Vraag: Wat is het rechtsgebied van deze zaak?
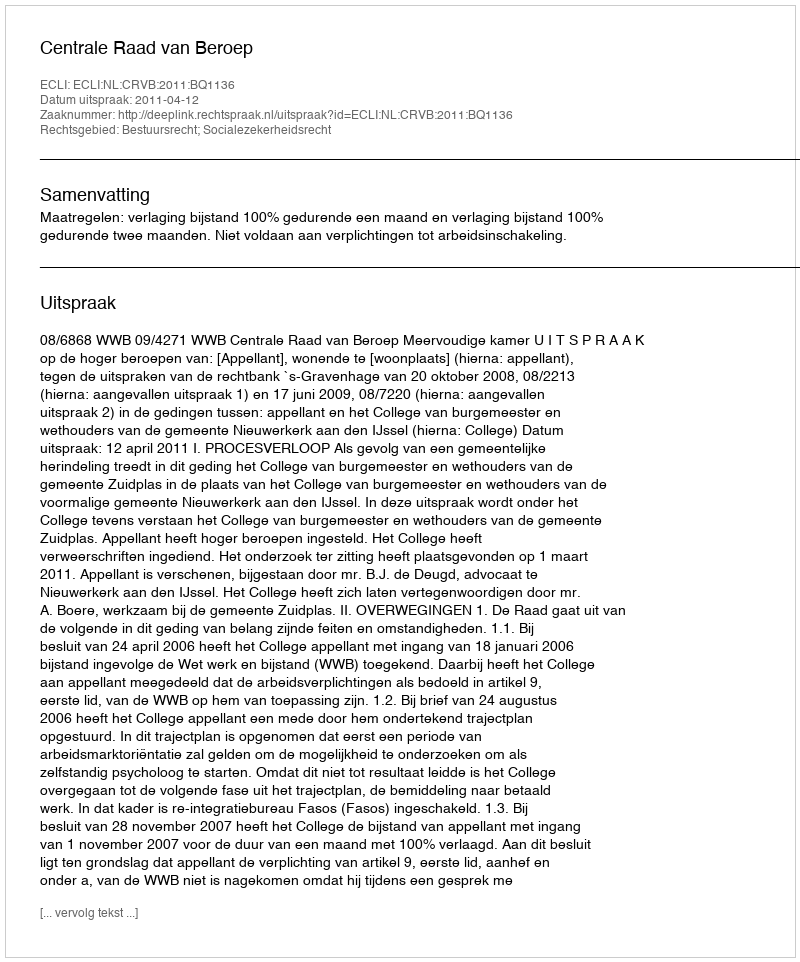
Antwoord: Bestuursrecht; Socialezekerheidsrecht